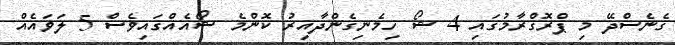
ގެނެސްދޭ މި ޕްރޮގްރާމުގައި 4 ޝޯ ހިމެނިގެންދާއިރު ކޮންމެ ޝޯއެއްގައިވެސް 5 ލަވައެއް